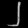
Digit: ၂